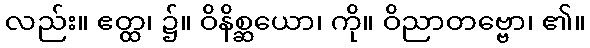
လည်း။ ဧတ္ထ၊ ၌။ ဝိနိစ္ဆယော၊ ကို။ ဝိညာတဗ္ဗော၊ ၏။